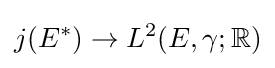
j(E^{*})\to L^{2}(E,\gamma ;\mathbb {R} )